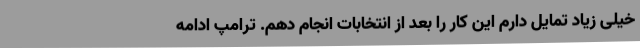
خیلی زیاد تمایل دارم این کار را بعد از انتخابات انجام دهم. ترامپ ادامه